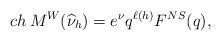
LaTeX: \begin{align*} &ch\, M^W(\widehat\nu_h) =e^\nu q^{\ell(h)}F^{NS}(q), \end{align*}